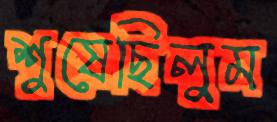
শুষেছিলুম